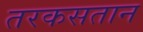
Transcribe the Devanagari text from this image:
तरकसतान